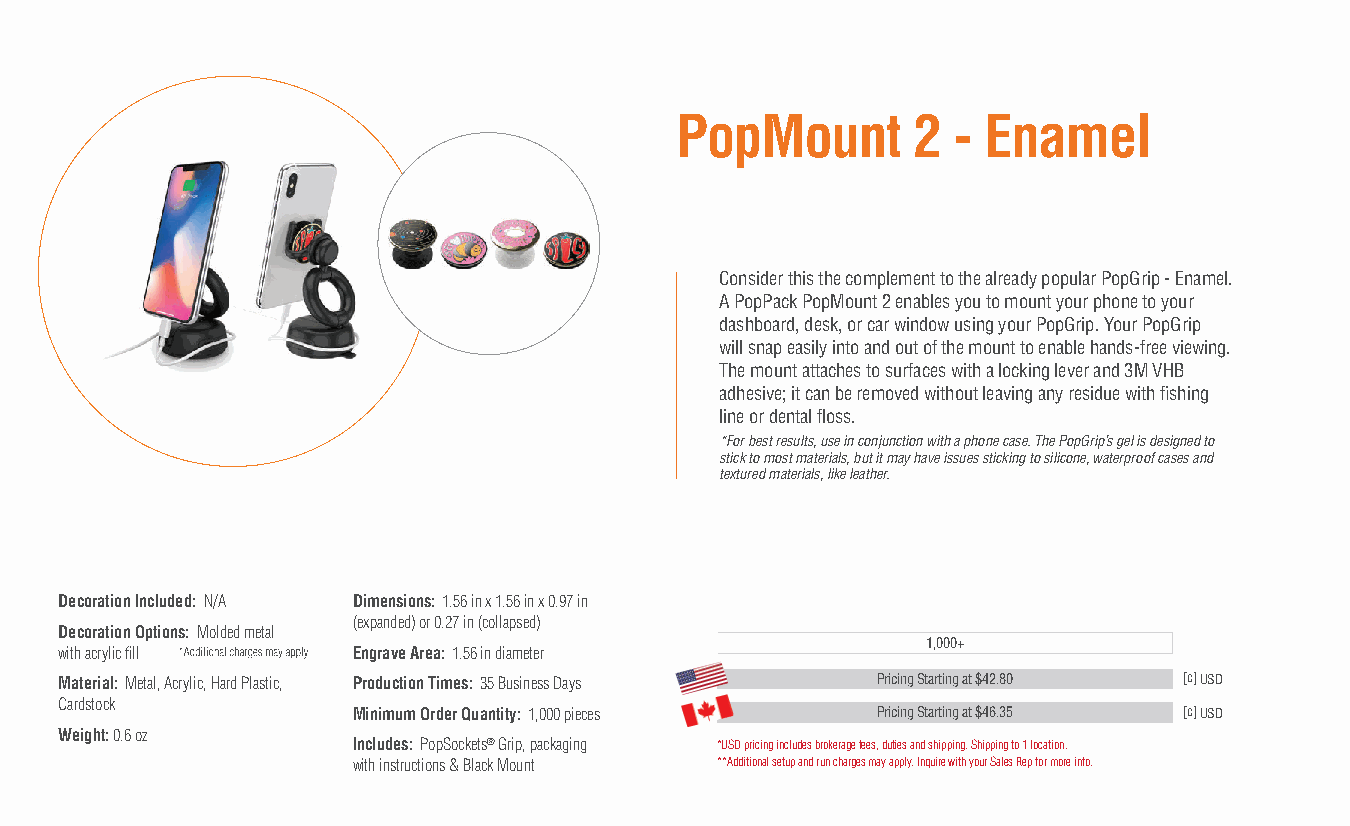
PopMount       2  - Enamel
 Consider this the complement to the already popular PopGrip - Enamel.
 A PopPack PopMount 2 enables you to mount your phone to your
 dashboard, desk, or car window using your PopGrip. Your PopGrip
 will snap easily into and out of the mount to enable hands-free viewing.
 The mount attaches to surfaces with a locking lever and 3M VHB
 adhesive; it can be removed without leaving any residue with fishing
 line or dental floss.
 *For best results, use in conjunction with a phone case. The PopGrip’s gel is designed to
 stick to most materials, but it may have issues sticking to silicone, waterproof cases and
 textured materials, like leather.
 Decoration Included: N/A Dimensions: 1.56 in x 1.56 in x 0.97 in
 (expanded) or 0.27 in (collapsed)
 Decoration Options: Molded metal
 1,000+
 with acrylic fill  Engrave Area: 1.56 in diameter
 Material: Metal, Acrylic, Hard Plastic, Production Times: 35 Business Days Pricing Starting at $42.80 [c] USD
 Cardstock
 Minimum Order Quantity: 1,000 pieces Pricing Starting at $46.35 [c] USD
 Weight: 0.6 oz
 Includes: PopSockets® Grip, packaging *USD pricing includes brokerage fees, duties and shipping. Shipping to 1 location.
 with instructions & Black Mount **Additional setup and run charges may apply. Inquire with your Sales Rep for more info.